Vaccine operations Central Provinces 1886-1899 - 1886-1899
Year: 1886
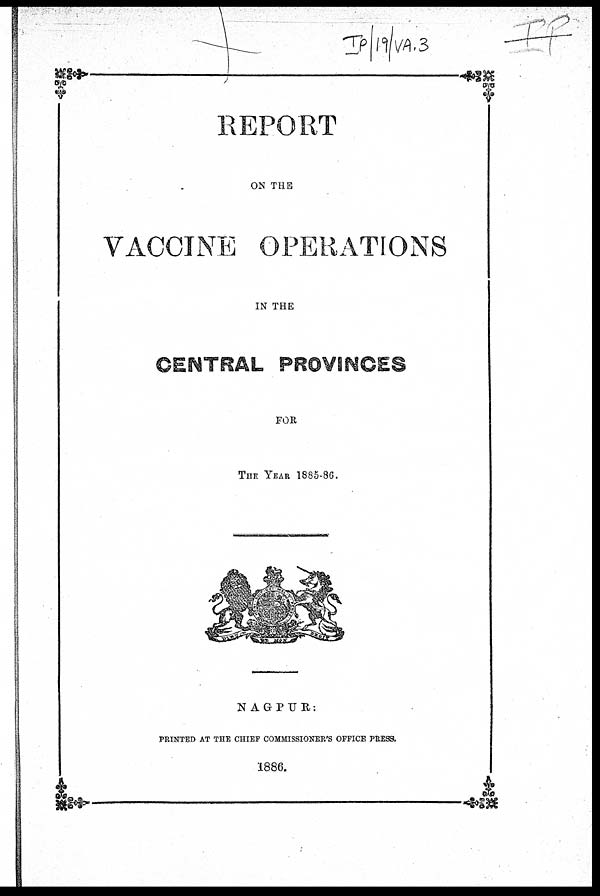
REPORT
ON THE
VACCINE OPERATIONS
IN THE
CENTRAL PROVINCES
FOR
THE YEAR 1885-86.
NAGPUR:
PRINTED AT THE CHIEF COMMISSIONER'S OFFICE PRESS.
1886.